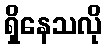
ရှိနေသလို